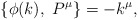
\begin{align*}\{\phi(k),\ P^{\mu}\} = - k^{\mu}, \end{align*}